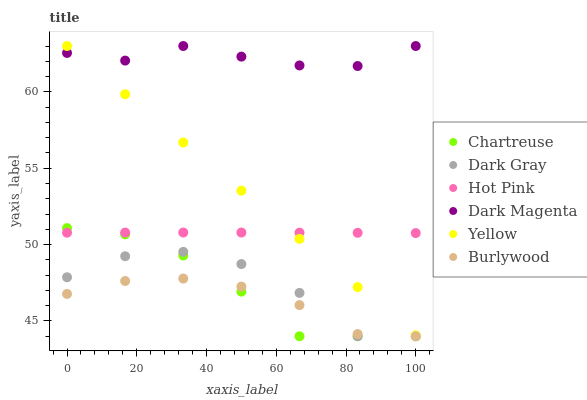
| xaxis_label | Chartreuse | Dark Gray | Hot Pink | Dark Magenta | Yellow | Burlywood |
 | --- | --- | --- | --- | --- | --- | --- |
 | 0 | 51.1 | 47.9 | 50.8 | 62.5 | 63 | 46.8 |
 | 16.7 | 50.7 | 49.2 | 50.8 | 62 | 59.8 | 47.6 |
 | 33.3 | 49.3 | 49.5 | 50.8 | 63 | 56.7 | 47.8 |
 | 50 | 46.9 | 48.7 | 50.8 | 62.3 | 53.5 | 47.3 |
 | 66.7 | 44 | 46.8 | 50.8 | 61.7 | 50.4 | 46 |
 | 83.3 | 44 | 44 | 50.8 | 61.7 | 47.2 | 44.1 |
 | 100 | 44 | 44 | 50.8 | 63 | 44.1 | 44 |